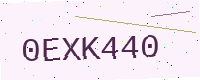
Text: 0EXK440